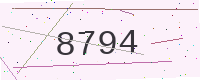
Text: 8794